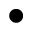
\bullet